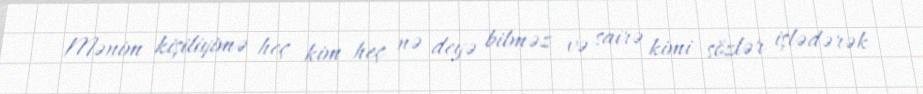
Mənim kişiliyimə heç kim heç nə deyə bilməz və sairə kimi sözlər işlədərək